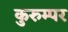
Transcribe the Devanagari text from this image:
कुरुम्पर